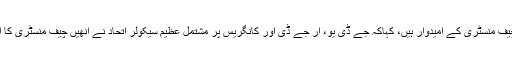
اُنھوں نے جو منتخبہ چیف منسٹری کے امیدوار ہیں، کہاکہ جے ڈی یو، آر جے ڈی اور کانگریس پر مشتمل عظیم سیکولر اتحاد نے اُنھیں چیف منسٹری کا امیدوار منتخب کیا ہے۔